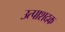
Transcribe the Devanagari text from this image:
उत्पाशदक